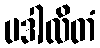
ပဒါလိတံ